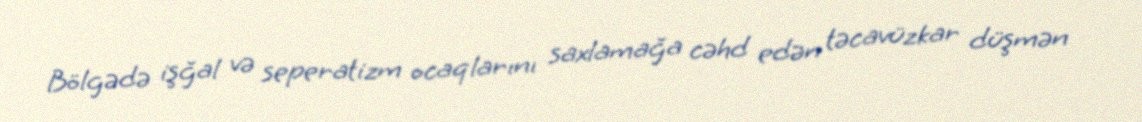
Bölgədə işğal və seperatizm ocaqlarını saxlamağa cəhd edən təcavüzkar düşmən